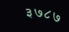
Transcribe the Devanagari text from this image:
३७८७